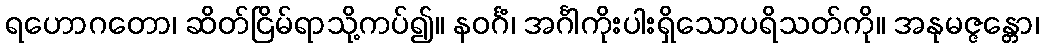
ရဟောဂတော၊ ဆိတ်ငြိမ်ရာသို့ကပ်၍။ နဝင်္ဂံ၊ အင်္ဂါကိုးပါးရှိသောပရိသတ်ကို။ အနုမဇ္ဇန္တော၊